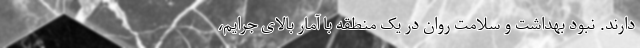
دارند. نبود بهداشت و سلامت روان در یک منطقه با آمار بالای جرایم،